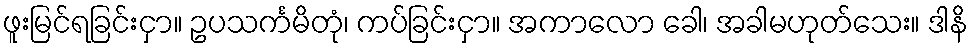
ဖူးမြင်ရခြင်းငှာ။ ဥပသင်္ကမိတုံ၊ ကပ်ခြင်းငှာ။ အကာလော ခေါ၊ အခါမဟုတ်သေး။ ဒါနိ